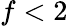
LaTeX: f<2